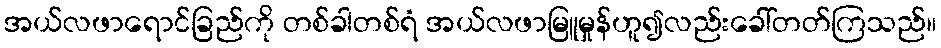
အယ်လဖာရောင်ခြည်ကို တစ်ခါတစ်ရံ အယ်လဖာမြူမှုန်ဟူ၍လည်းခေါ်တတ်ကြသည်။